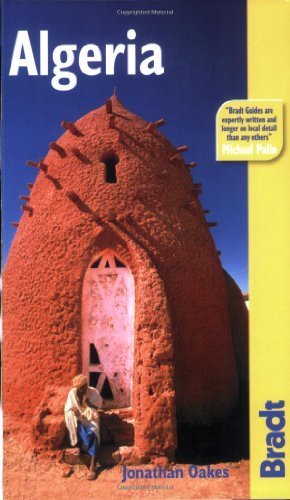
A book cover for Algeria (Bradt Travel guides(Slow Travel))) by Oakes, Jonathan (2008) Paperback; Travel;